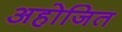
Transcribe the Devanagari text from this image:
अहोजित